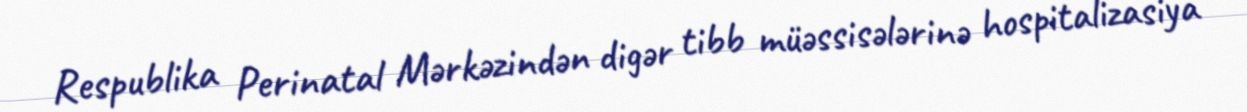
Respublika Perinatal Mərkəzindən digər tibb müəssisələrinə hospitalizasiya